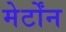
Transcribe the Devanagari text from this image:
मेर्टोंन